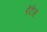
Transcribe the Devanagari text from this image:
रेंटेल